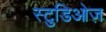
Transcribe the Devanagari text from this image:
स्टुडिओज़